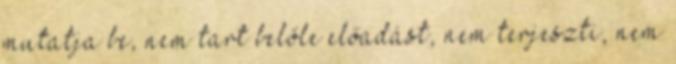
mutatja be, nem tart belőle előadást, nem terjeszti, nem